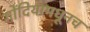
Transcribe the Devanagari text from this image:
गोंदियामधूनच